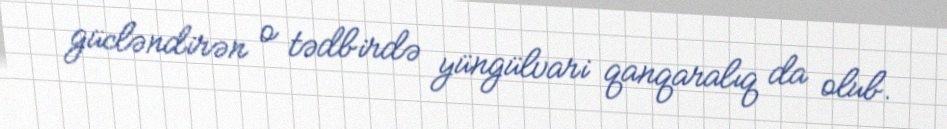
gücləndirən o tədbirdə yüngülvari qanqaralıq da olub.